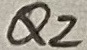
Text: Q2